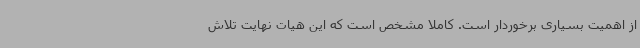
از اهمیت بسیاری برخوردار است. کاملا مشخص است که این هیات نهایت تلاش